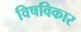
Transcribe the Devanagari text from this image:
विषविकार